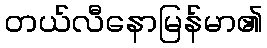
တယ်လီနောမြန်မာ၏